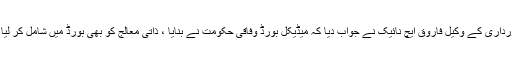
آصف زرداری کے وکیل فاروق ایچ نائیک نے جواب دیا کہ میڈیکل بورڈ وفاقی حکومت نے بنایا ، ذاتی معالج کو بھی بورڈ میں شامل کر لیا جائے ۔